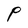
Character: P